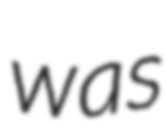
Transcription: was